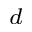
^ d